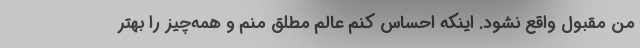
من مقبول واقع نشود. اینکه احساس کنم عالم مطلق منم و همه‌چیز را بهتر